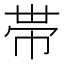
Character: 帯